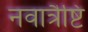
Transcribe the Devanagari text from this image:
नवात्रैष्टि